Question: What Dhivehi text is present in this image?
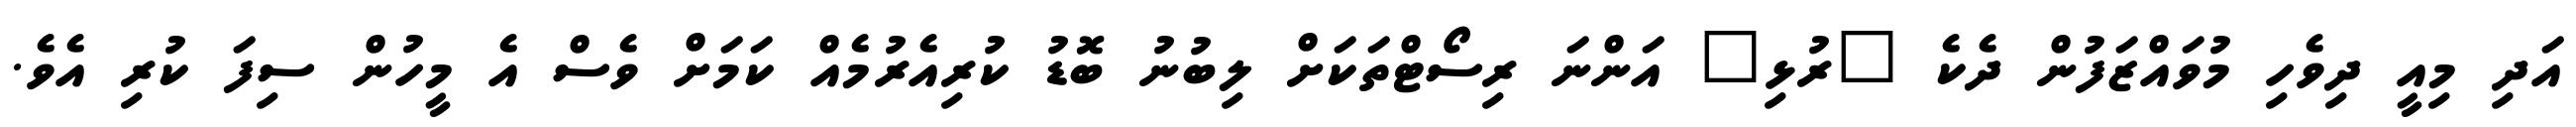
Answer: އަދި މިއީ ދިވެހި މުވައްޒަފުން ދެކެ "ރުޅި" އަންނަ ރިސޯޓްތަކަށް ލިބުނު ބޮޑު ކުރިއެރުމެއް ކަމަށް ވެސް އެ މީހުން ސިފަ ކުރި އެވެ.